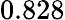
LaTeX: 0.828